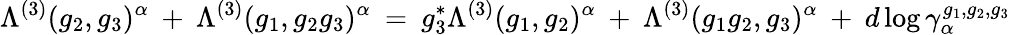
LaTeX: \Lambda^{(3)}(g_{2},g_{3})^{\alpha}\: +\: \Lambda^{(3)}(g_{1},g_{2}g_{3})^{\alpha}\: =\: g_{3}^{*}\Lambda^{(3)}(g_{1},g_{2})^{\alpha}\: +\: \Lambda^{(3)}(g_{1}g_{2},g_{3})^{\alpha}\: +\: d\log\gamma_{\alpha}^{g_{1},g_{2},g_{3}}